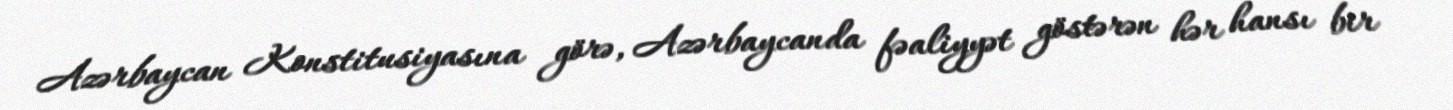
Azərbaycan Konstitusiyasına görə, Azərbaycanda fəaliyyət göstərən hər hansı bir